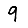
Digit: 9